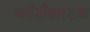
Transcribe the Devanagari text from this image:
जर्मनीसारख्या